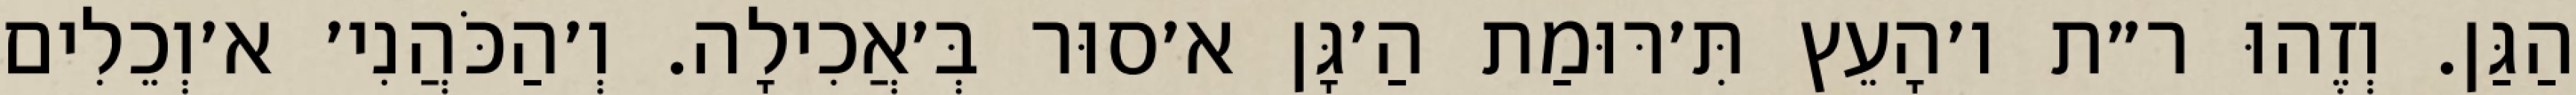
הַגַּן. וְזֶהוּ ר״ת ו׳הָעֵץ תִּ׳רּוּמַת הַ׳גָּן א׳סוּר בְּ׳אֲכִילָה. וְ׳הַכֹּהֲנִי׳ א׳וְכֵלִים